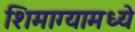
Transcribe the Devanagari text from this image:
शिमाग्यामध्ये